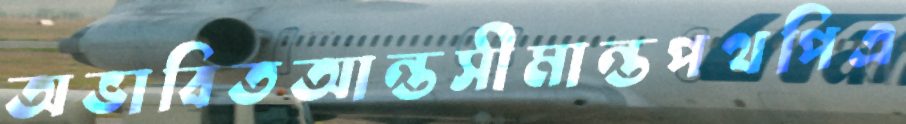
অভাবিতআন্তসীমান্তপথপিএ